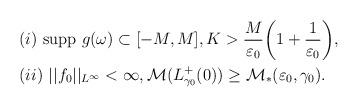
LaTeX: \begin{align*}\begin{aligned} & (i)~ \mbox{supp}~g(\omega) \subset [-M, M], K>\frac{M}{\varepsilon_0}\bigg(1+\frac{1}{\varepsilon_0}\bigg), \\& (ii)~ ||f_0||_{L^{\infty}} < \infty, {\mathcal M}(L^+_{\gamma_0}(0)) \geq {\mathcal M}_*(\varepsilon_0, \gamma_0).\end{aligned}\end{align*}